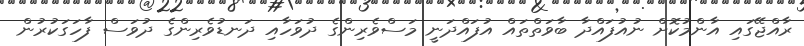
ރާއްޖޭގައި އާންމުކޮށް ނުއުފައްދާ ބާވަތްތައް އުފައްދަނީ މަސްވެރިންގެ ދުވަހާއި ދަނޑުވެރިންގެ ދުވަސް ފާހަގަކުރުން